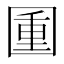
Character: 𡈈